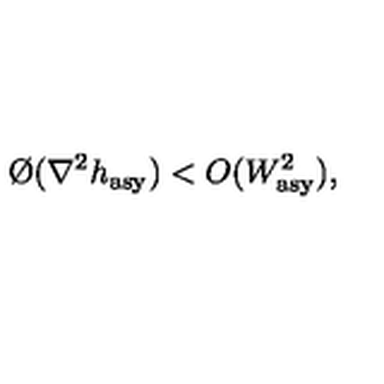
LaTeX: \O ( \nabla ^ { 2 } h _ { \mathrm { a s y } } ) < O ( W _ { \mathrm { a s y } } ^ { 2 } ) ,